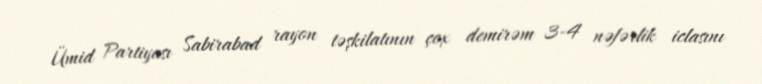
Ümid Partiyası Sabirabad rayon təşkilatının çox demirəm 3-4 nəfərlik iclasını